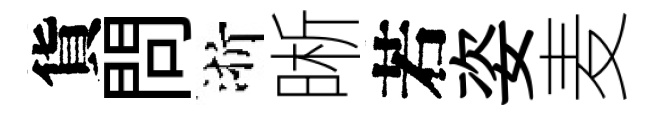
貨問浙晰若姿麦